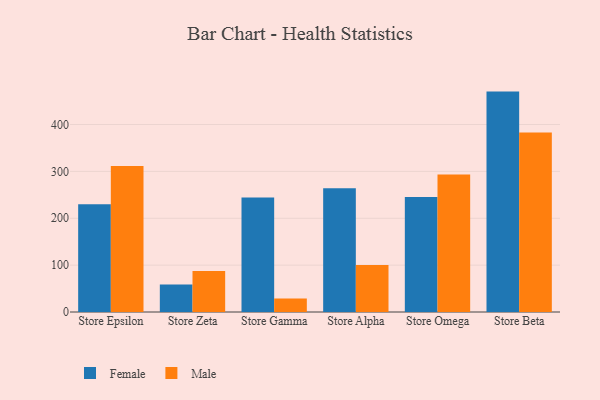
{"axis": {"x": "Store", "y": "Churn Rate (%)"}, "legend": ["Female", "Male"], "data": [{"x": "Store Epsilon", "y": 230.1, "type": "Female"}, {"x": "Store Epsilon", "y": 311.7, "type": "Male"}, {"x": "Store Zeta", "y": 58.5, "type": "Female"}, {"x": "Store Zeta", "y": 87.6, "type": "Male"}, {"x": "Store Gamma", "y": 244.5, "type": "Female"}, {"x": "Store Gamma", "y": 28.6, "type": "Male"}, {"x": "Store Alpha", "y": 264.1, "type": "Female"}, {"x": "Store Alpha", "y": 100.5, "type": "Male"}, {"x": "Store Omega", "y": 245.2, "type": "Female"}, {"x": "Store Omega", "y": 293.1, "type": "Male"}, {"x": "Store Beta", "y": 470.2, "type": "Female"}, {"x": "Store Beta", "y": 383.1, "type": "Male"}]}